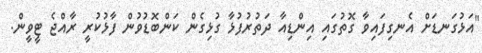
"އަޅުގަނޑަށް އެނގިފައިވާ ގޮތުގައި އިންޑިއާ ދަތުރުފުޅާ ގުޅިގެން ކަންބޮޑުވުން ފާޅުކުރީ ރާއްޖެ ޓީވީން.